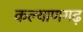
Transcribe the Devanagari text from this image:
कल्याणगढ़